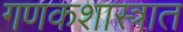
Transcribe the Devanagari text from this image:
गणकशास्त्रात